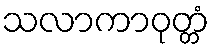
သလာကာဝုတ္တံ